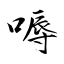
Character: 嗕